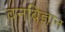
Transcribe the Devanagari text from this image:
वनबिज्ञान